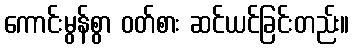
ကောင်းမွန်စွာ ဝတ်စား ဆင်ယင်ခြင်းတည်း။